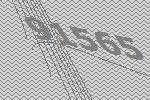
91565